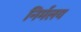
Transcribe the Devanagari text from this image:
निर्मलय